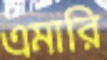
এমারি